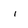
Character: i